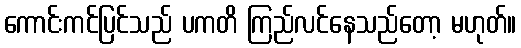
ကောင်းကင်ပြင်သည် ပကတိ ကြည်လင်နေသည်တော့ မဟုတ်။